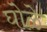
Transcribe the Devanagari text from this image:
घोळे